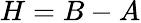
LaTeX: H=B-A